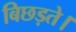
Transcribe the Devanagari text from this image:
बिछड़ते।